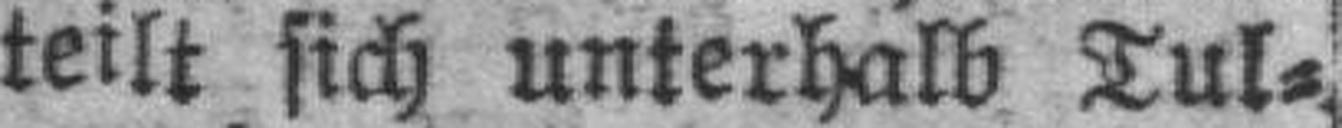
teilt sich unterhalb Tul¬